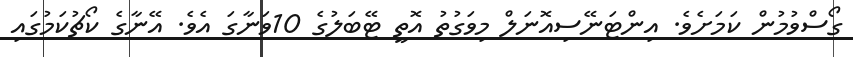
ގޯސްވުމުން ކަމަށެވެ. އިންޓަނޭސިއޮނަލް މިވަގުތު އޮތީ ޓޭބަލުގެ 10ވަނާގަ އެވެ. އޭނާގެ ކޯޗުކަމުގައި